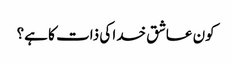
کون عاشق خدا کی ذات کا ہے؟